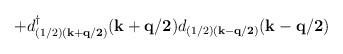
LaTeX: \begin{align*}+d^{\dagger}_{ (1/2)({\bf{k+q/2}}) }({\bf{k+q/2}})d_{ (1/2)({\bf{k-q/2}}) }({\bf{k-q/2}})\end{align*}